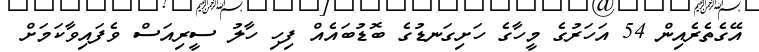
އޭގެތެރެއިން 54 އަހަރުގެ މީހާގެ ހަށިގަނޑުގެ ބޮޑުބައެއް ފިހި ހާލު ސީރިއަސް ވެފައިވާކަމަށް